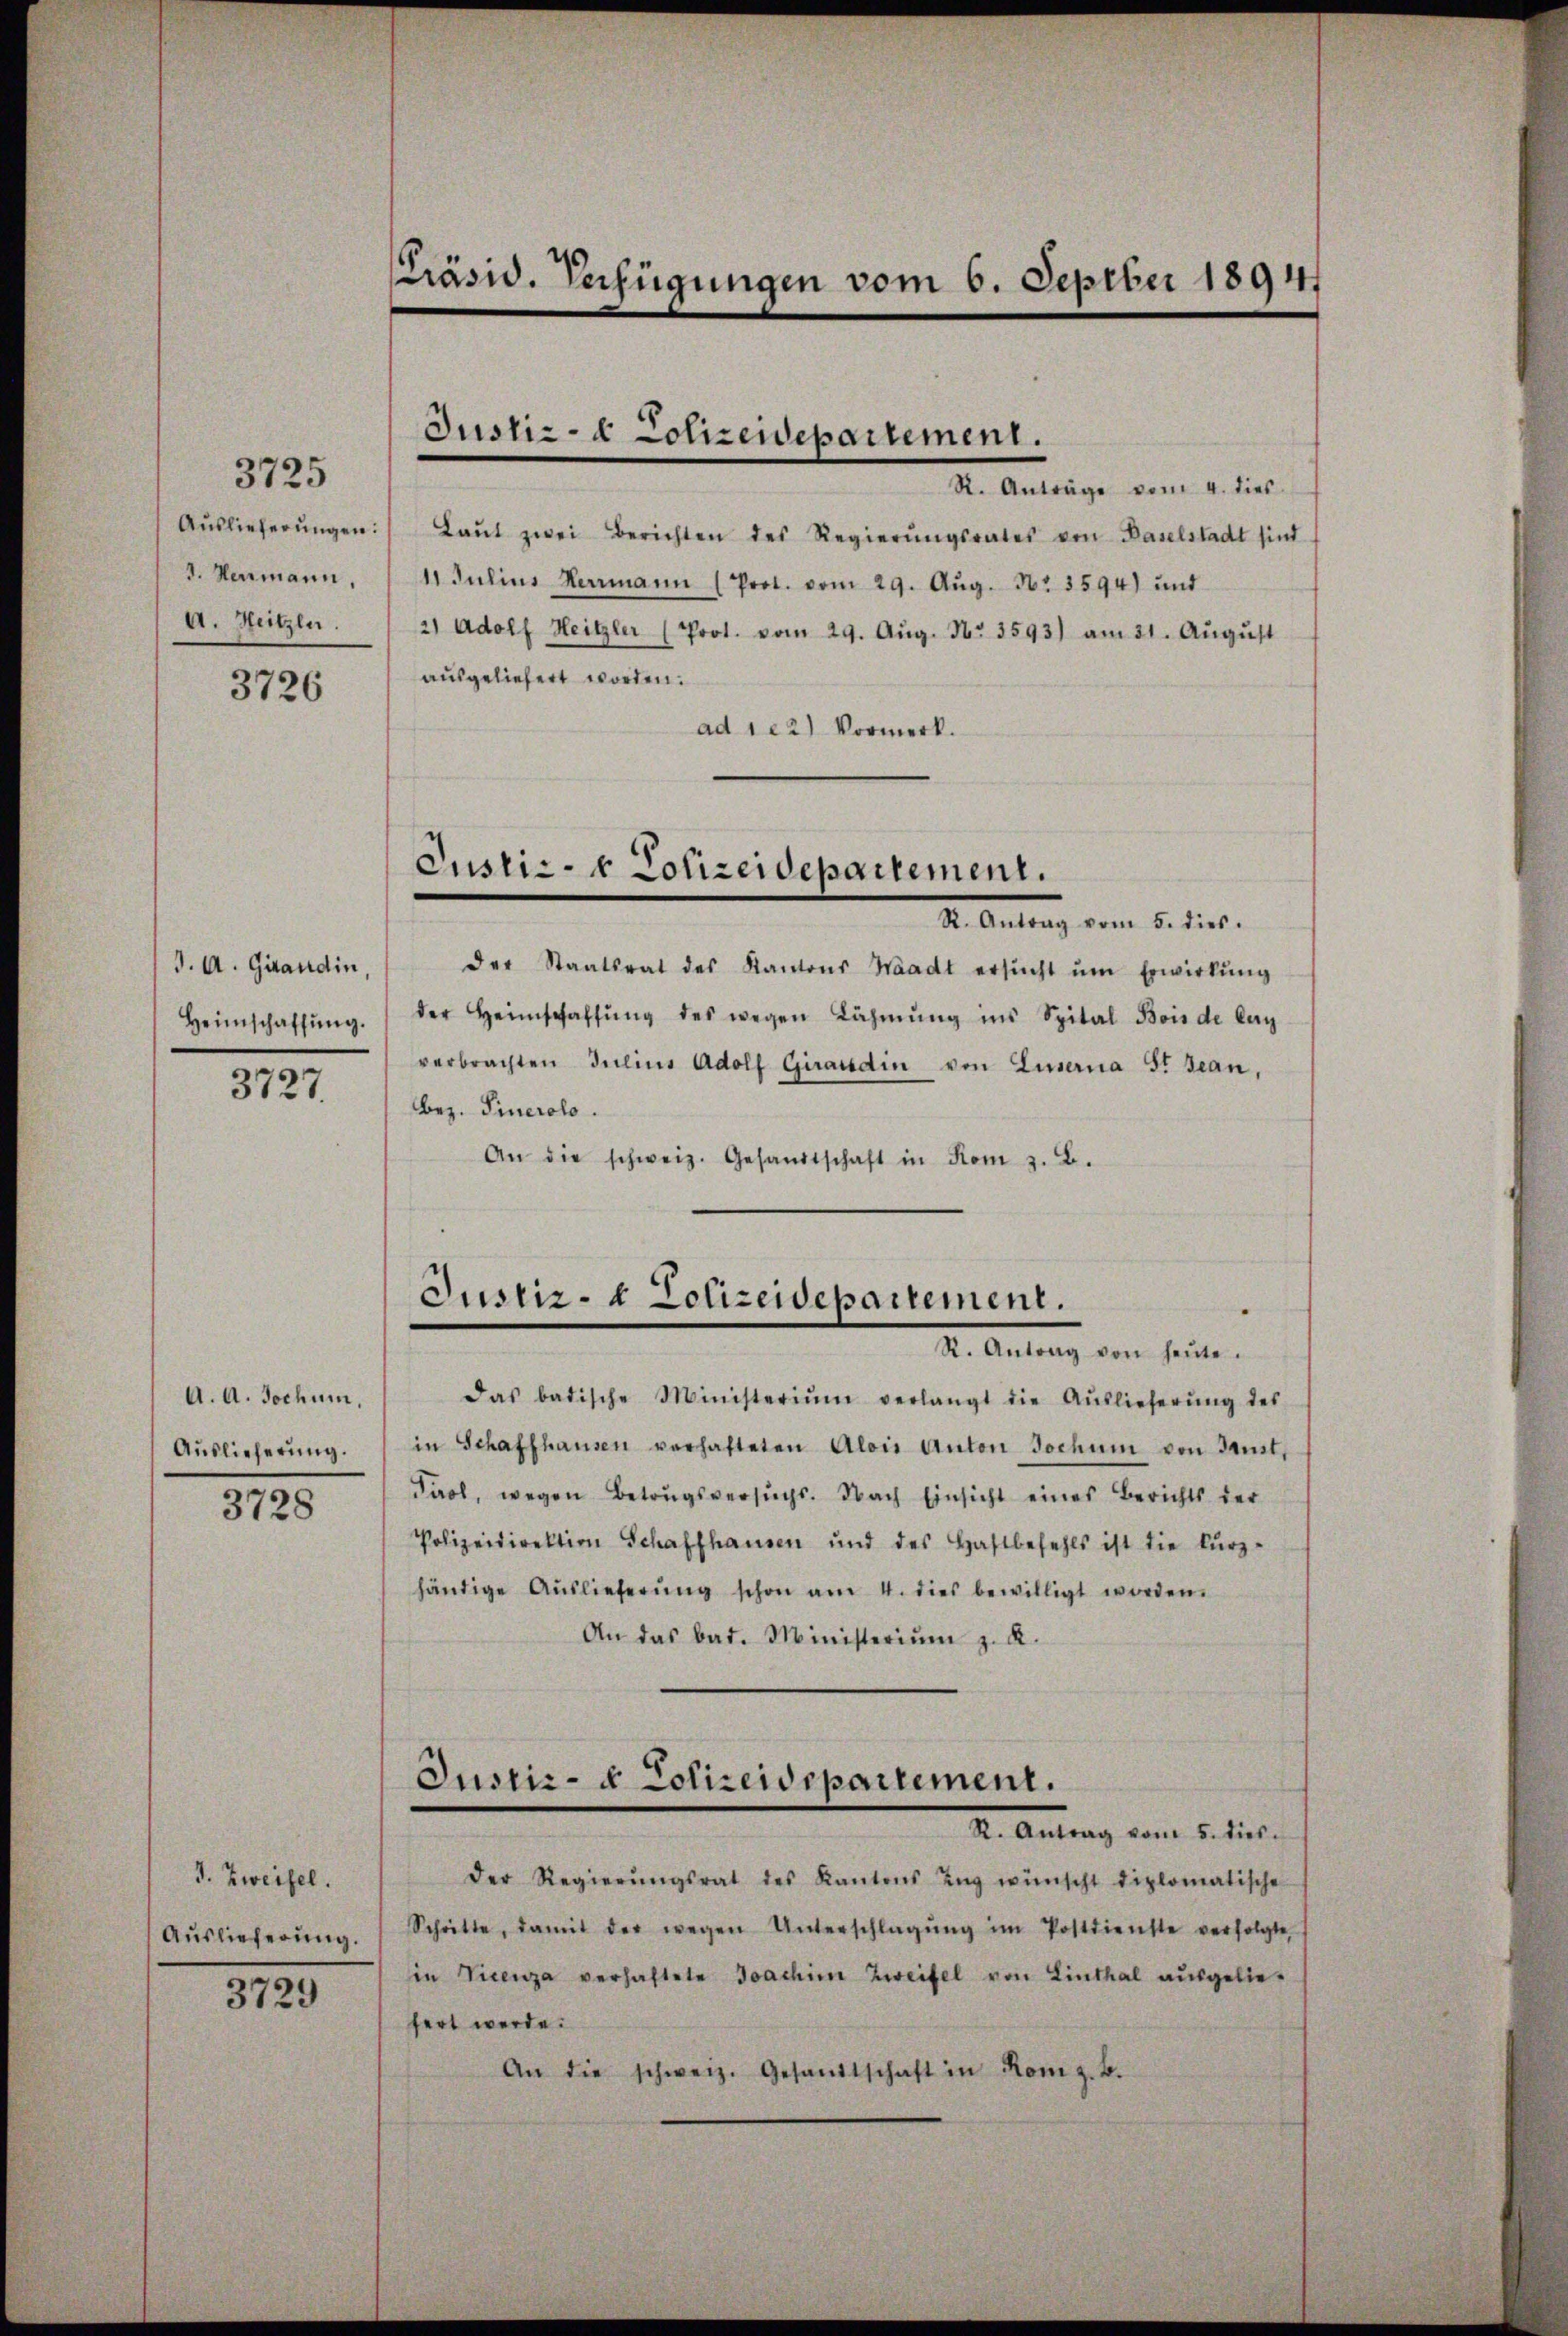
3725
Auslieferungen:
1. Hermann,
A. Heitzler.

3726

J. A. Girandin,
Heimschaffŭng.

3727

A. A. Jochum.
Auslieferung.

3728

I. Zweifel.
Auslieferung.

3729

Präsid. Verfügungen vom 6. Septber 1894.

Justiz- & Polizewepartement.

Dr. Anteige vom 1. M.
Laŭt zwei Berichten des Regierŭngsrates von Baselstadt sind
11 Julius Herrmann (Prot. vom 29. Aŭg. Nr. 3594) und
2) Adolf Heitzler (Prot. vom 29. Aŭg. No. 3593) am 31. Aŭgŭst
ausgeliefert worden.
ad 122) Vormerk.

Justiz- & Polizeidepartement.

Justiz- & Polizeidepartement.
.
I. Antrag von seine.

Dr. Antrag vom 5. dies
der Staatsrat des Kantons Waadt ersŭcht ŭm Erwirkŭng
der Heimschaffŭng des wegen Lähmung ins Spital Bois de lag
verbrachten Julius Adolf Girardin von Lusterna St. Jean,
Bez. Sinerolo.
An die schweiz. Gesandtschaft in Rom z. B.

das batische Ministerium verlangt die Aŭslieferŭng des
in Schaffhausen verhafteten Alois Anton Jochum von Haust,
Paol, wegen Betrugsversuchs. Nach Einsicht eines Berichts der
Polizeidirektion Schaffhausen und des Haftbefehls ist die kŭrz-
händige Aŭslieferŭng schon am 4. dies bewilligt worden.
An das bat. Ministeriŭm z. K.
Justiz- & Polizeidepartement.
X. Antrag vom 5. dies
der Regierŭngsrat des Kantons Zŭg wünscht diplomatische
Schritte, damit der wegen Unterschlagŭng im Postdienste verfolgte,
in Vicenza verhaftete Joachim Zweifel von Linthal ausgeliefert werde.
An die schweiz. Gesandtschaft in Rom z. B.